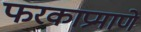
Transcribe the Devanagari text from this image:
फरकाप्रमाणे